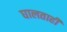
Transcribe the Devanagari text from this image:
घालताही